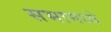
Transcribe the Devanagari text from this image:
सभामध्ये